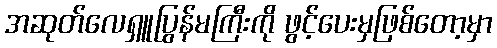
အဆုတ်လေရှူပြွန်မကြီးကို ဖွင့်ပေးမှဖြစ်တော့မှာ